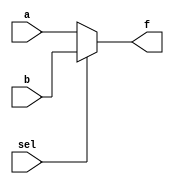
module two_to_one_mux(sel, a, b, f);

input sel;
input [31:0] a,b;
output [31:0] f;

assign f = (sel) ? b : a;

endmodule